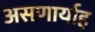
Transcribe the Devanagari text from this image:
असणार्याह